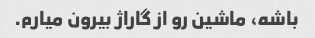
باشه، ماشین رو از گاراژ بیرون میارم.